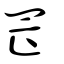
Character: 罡